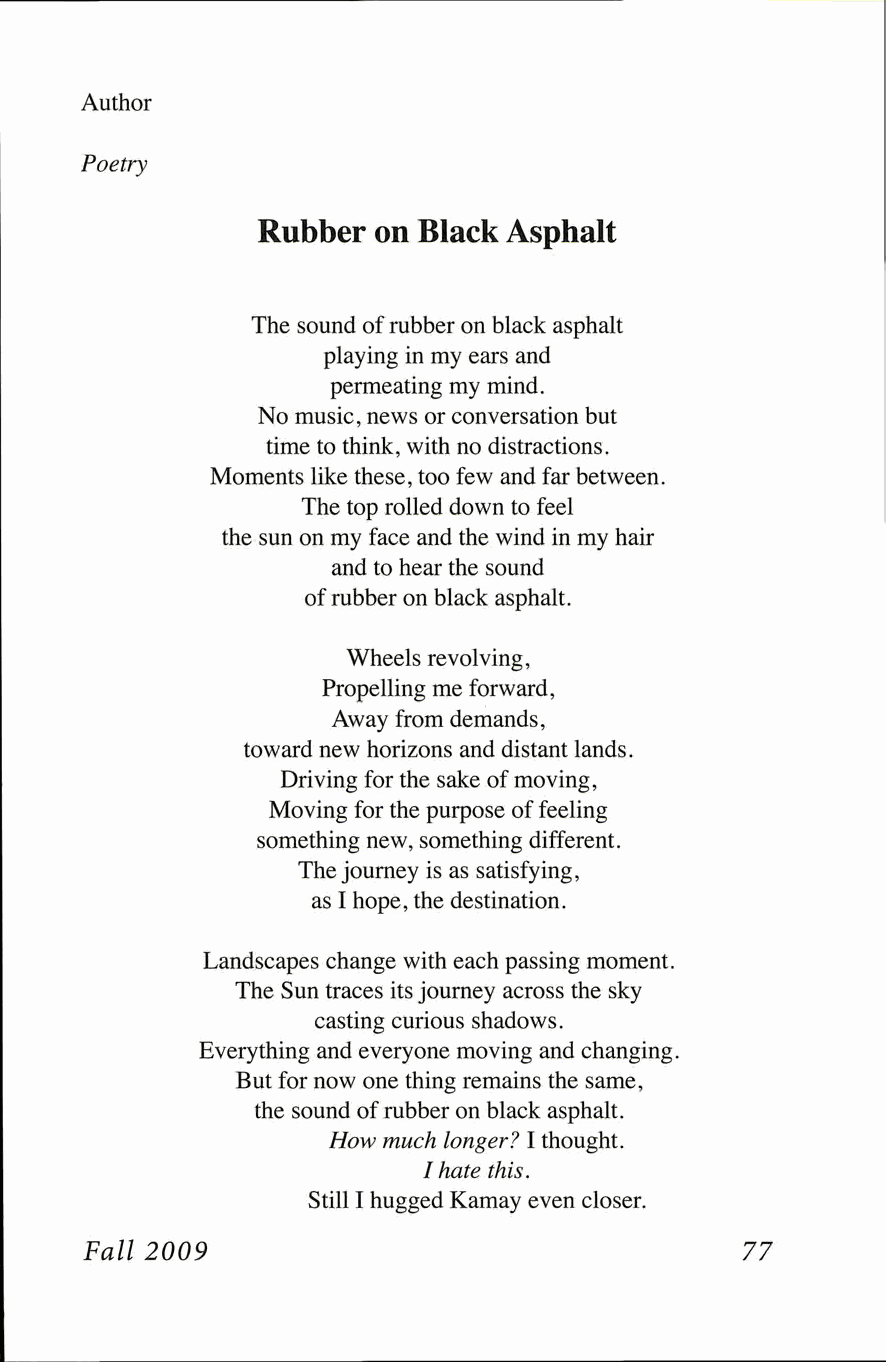
Author
 Poetry
 Rubber  on Black Asphalt
 The sound of rubber on black asphalt
 playing in my ears and
 permeating my mind.
 No music, news or conversation but
 time to think, with no distractions.
 Moments like these, too few and far between.
 The top rolled down to feel
 the sun on my face and the wind in my hair
 and to hear the sound
 of rubber on black asphalt.
 Wheels revolving,
 Propelling me forward,
 Away from demands,
 toward new horizons and distant lands.
 Driving for the sake of moving,
 Moving for the purpose of feeling
 something new, something different.
 The journey is as satisfying,
 as I hope, the destination.
 Landscapes change with each passing moment.
 The Sun traces its journey across the sky
 casting curious shadows.
 Everything and everyone moving and changing.
 But for now one thing remains the same,
 the sound of rubber on black asphalt.
 How much longer? I thought.
 I hate this.
 Still I hugged Kamay even closer.
 Fall 2009                                   77